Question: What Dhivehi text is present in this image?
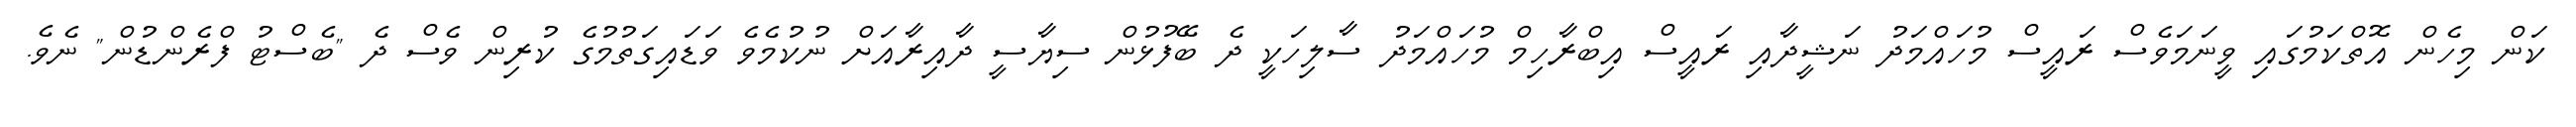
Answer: ކަން މިހެން އޮތްކަމުގައި ވީނަމަވެސް ރައީސް މުހައްމަދު ނަޝީދާއި ރައީސް އިބްރާހިމް މުހައްމަދު ސާލިހަކީ ދެ ބޭފުޅުން ސިޔާސީ ދާއިރާއަށް ނުކުމެވެ ވަޑައިގަތުމުގެ ކުރިން ވެސް ދެ "ބެސްޓު ފްރެންޑުން" ނެވެ.